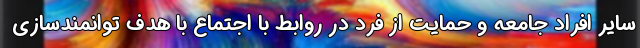
سایر افراد جامعه و حمایت از فرد در روابط با اجتماع با هدف توانمندسازی